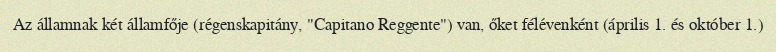
Az államnak két államfője (régenskapitány, "Capitano Reggente") van, őket félévenként (április 1. és október 1.)